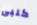
كلبى